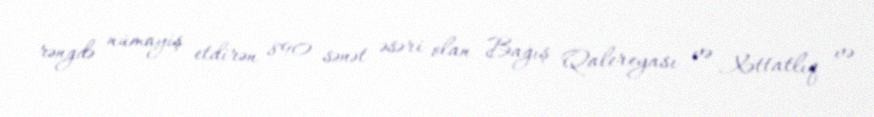
rəngdə nümayiş etdirən 890 sənət əsəri olan Bağış Qalereyası və Xəttatlıq və